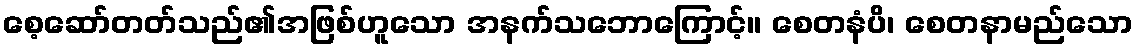
စေ့ဆော်တတ်သည်၏အဖြစ်ဟူသော အနက်သဘောကြောင့်။ စေတနံပိ၊ စေတနာမည်သော